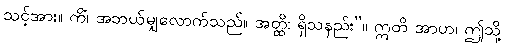
သင့်အား။ ကိံ၊ အဘယ်မျှလောက်သည်။ အတ္ထိ၊ ရှိသနည်း”။ ဣတိ အာဟ၊ ဤသို့